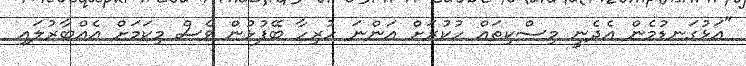
"އަޅުގަނޑުމެން އެދެނީ މިސްކިތައް ހުކުރަށް އަންނަ ހުރިހާ ބޭފުޅުން ވެސް މިކަމަށް އެއްބާރުލައި